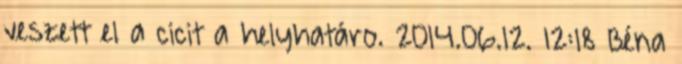
veszett el a cicit a helyhatáro. 2014.06.12. 12:18 Béna